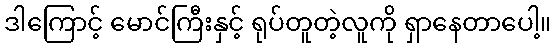
ဒါကြောင့် မောင်ကြီးနှင့် ရုပ်တူတဲ့လူကို ရှာနေတာပေါ့။